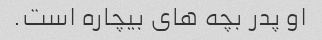
او پدر بچه های بیچاره است.